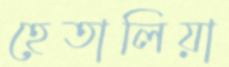
হেতালিয়া